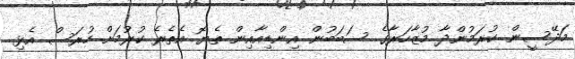
މަދޭސީން ކުރަމުންދާ މުޒާހަރާގެ ސަބަބުން އިންޑިއާއިން ތެޔޮ އެތެރެ ކުރުމަށް ހުރަސް އެޅި